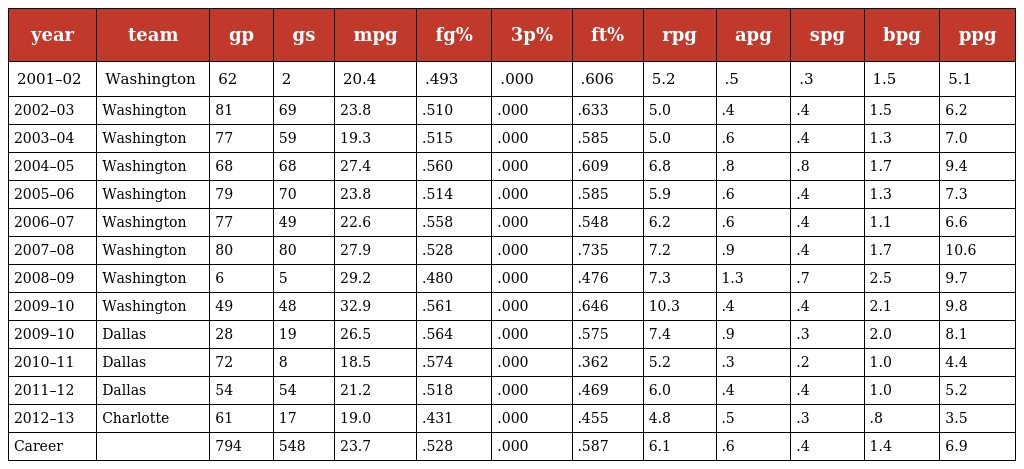
| year | team | gp | gs | mpg | fg% | 3p% | ft% | rpg | apg | spg | bpg | ppg |
 | --- | --- | --- | --- | --- | --- | --- | --- | --- | --- | --- | --- | --- |
 | 2001–02 | Washington | 62 | 2 | 20.4 | .493 | .000 | .606 | 5.2 | .5 | .3 | 1.5 | 5.1 |
 | 2002–03 | Washington | 81 | 69 | 23.8 | .510 | .000 | .633 | 5.0 | .4 | .4 | 1.5 | 6.2 |
 | 2003–04 | Washington | 77 | 59 | 19.3 | .515 | .000 | .585 | 5.0 | .6 | .4 | 1.3 | 7.0 |
 | 2004–05 | Washington | 68 | 68 | 27.4 | .560 | .000 | .609 | 6.8 | .8 | .8 | 1.7 | 9.4 |
 | 2005–06 | Washington | 79 | 70 | 23.8 | .514 | .000 | .585 | 5.9 | .6 | .4 | 1.3 | 7.3 |
 | 2006–07 | Washington | 77 | 49 | 22.6 | .558 | .000 | .548 | 6.2 | .6 | .4 | 1.1 | 6.6 |
 | 2007–08 | Washington | 80 | 80 | 27.9 | .528 | .000 | .735 | 7.2 | .9 | .4 | 1.7 | 10.6 |
 | 2008–09 | Washington | 6 | 5 | 29.2 | .480 | .000 | .476 | 7.3 | 1.3 | .7 | 2.5 | 9.7 |
 | 2009–10 | Washington | 49 | 48 | 32.9 | .561 | .000 | .646 | 10.3 | .4 | .4 | 2.1 | 9.8 |
 | 2009–10 | Dallas | 28 | 19 | 26.5 | .564 | .000 | .575 | 7.4 | .9 | .3 | 2.0 | 8.1 |
 | 2010–11 | Dallas | 72 | 8 | 18.5 | .574 | .000 | .362 | 5.2 | .3 | .2 | 1.0 | 4.4 |
 | 2011–12 | Dallas | 54 | 54 | 21.2 | .518 | .000 | .469 | 6.0 | .4 | .4 | 1.0 | 5.2 |
 | 2012–13 | Charlotte | 61 | 17 | 19.0 | .431 | .000 | .455 | 4.8 | .5 | .3 | .8 | 3.5 |
 | Career |  | 794 | 548 | 23.7 | .528 | .000 | .587 | 6.1 | .6 | .4 | 1.4 | 6.9 |